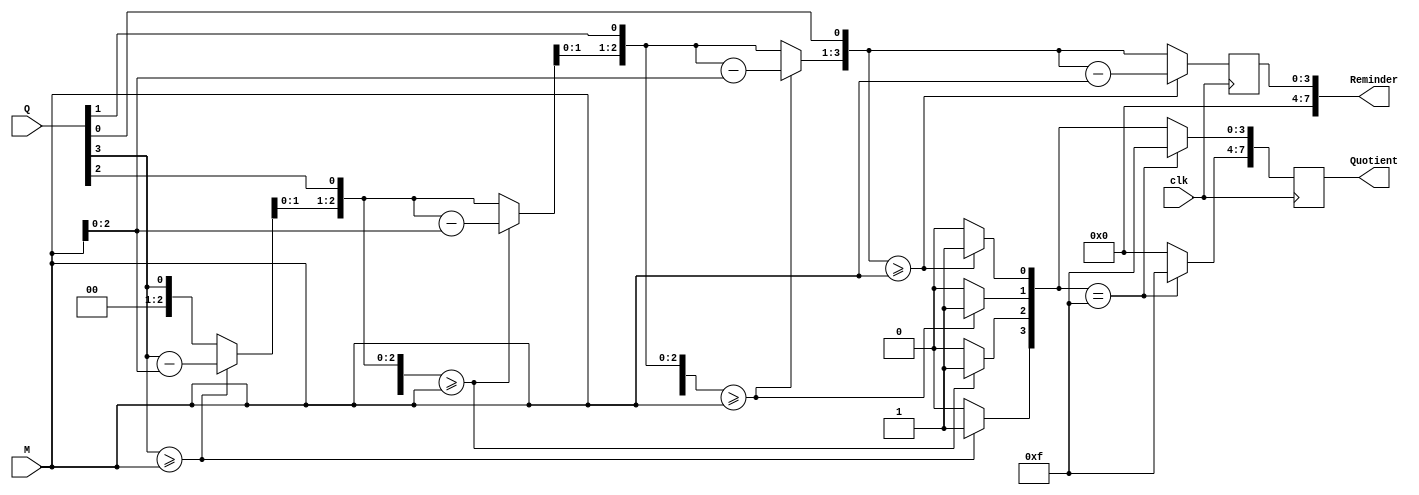
`timescale 1ns / 1ps
//////////////////////////////////////////////////////////////////////////////////
// Company: 
// Engineer: 
// 
// Design Name: 	 Unsigned Division Boohls Algorithm
// Module Name:    Division 
// Project Name: 	 Calculator
// Target Devices: Basys2
// Tool versions: 
// Description: 
//
// Dependencies: 	 
//
// Revision: 
// Revision 0.01 - File Created
// Additional Comments: 
//
//////////////////////////////////////////////////////////////////////////////////
module Division(
	 input [3:0]Q, //dividend
    input [3:0]M, //divisor
	 input clk,
	 output[7:0]Quotient,
	 output[7:0]Reminder
	 );


integer i;

reg [3:0] diff; // remainder - divisor diff result 
reg [7:0] qu;// quotient
reg [3:0] rem;// remainder


always @(posedge clk) begin //Q or M


rem [3:0] = 3'b0; // assign reminader to all zeros initially
qu [3:0] = Q[3:0]; // place dividend in Quotient

		
				
			
for (i=0;i<=3;i=i+1) begin
//repeat (4) 

rem = rem<<1;// first iteration shift
rem[0] = qu[3];// first iteration shift
qu = qu<<1;// first iteration shift
qu[0] = 1'b0;// first iteration shift

 if ( rem >= M) begin
	
rem = rem-M;
qu[0] = 1'b1;

						end
			end
			if(qu[3:0] ==4'b1111)begin
				qu[7:0] = 8'b11111111;
			end
			else begin
			qu [7:4] = 4'b0000;
			end
end 

assign Reminder [7:0] = rem[3:0];
assign Quotient [7:0] = qu[7:0];


endmodule